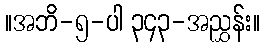
။အဘိ-၅-ပါ ၃၄၃-အညွှန်း။